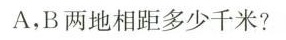
A，B两地相距多少千米?